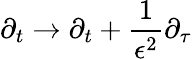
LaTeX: \partial_{t}\rightarrow\partial_{t}+\frac{1}{\epsilon^{2}}\partial_{\tau}